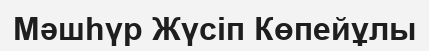
Мәшһүр Жүсіп Көпейұлы